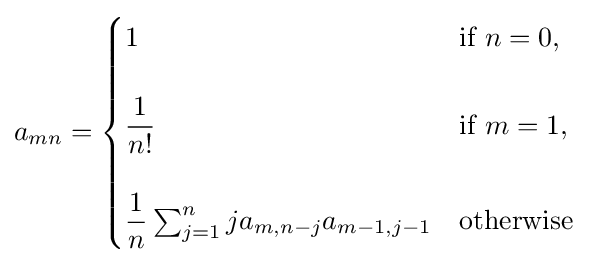
a_{mn}={\begin{cases}1&{\text{if }}n=0,\\\\{\dfrac {1}{n!}}&{\text{if }}m=1,\\\\{\dfrac {1}{n}}\sum _{j=1}^{n}ja_{m,n-j}a_{m-1,j-1}&{\text{otherwise}}\end{cases}}